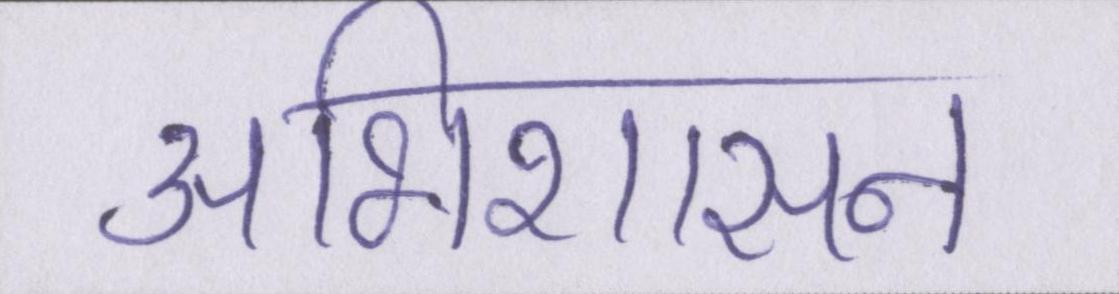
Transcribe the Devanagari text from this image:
अभिशासन